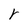
Character: r